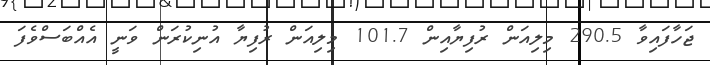
ޖަހާފައިވާ 290.5 މިލިއަން ރުފިޔާއިން 101.7 މިލިއަން ރުފިޔާ އުނިކުރަން ވަނީ އެއްބަސްވެފަ